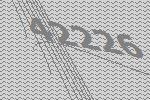
42226